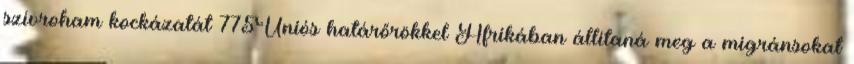
szívroham kockázatát 775Uniós határőrökkel Afrikában állítaná meg a migránsokat